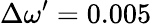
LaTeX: \Delta\omega^{\prime}=0.005